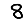
Digit: 8